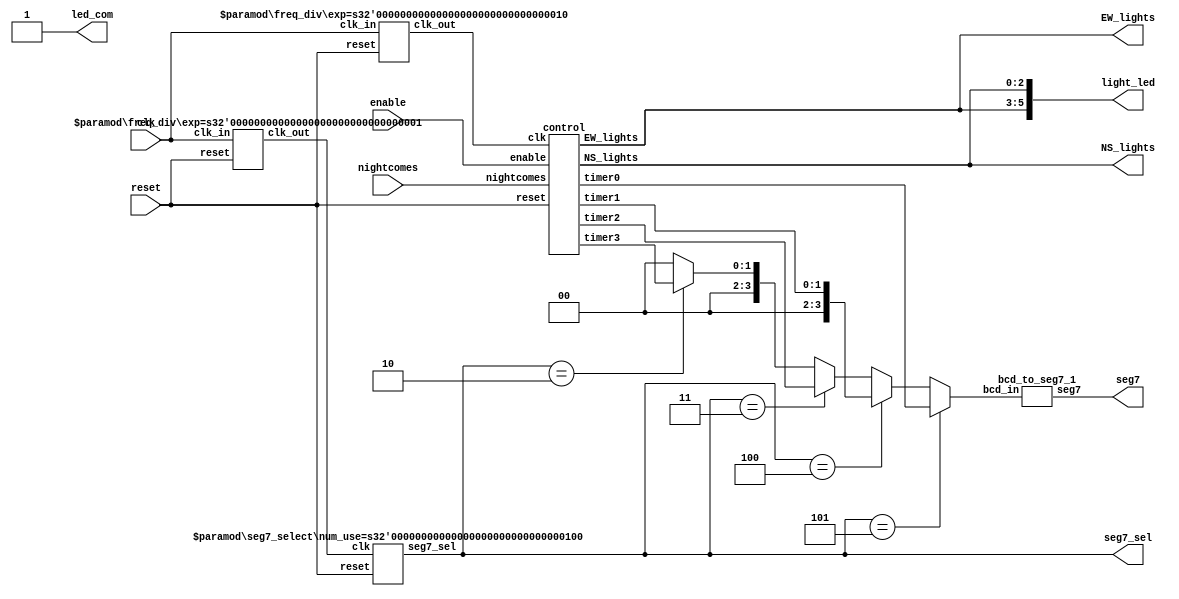
`timescale 1 ns/1 ns
module	lab7_1self4(clk, reset, enable, nightcomes, light_led, led_com,
					seg7, seg7_sel,NS_lights, EW_lights);

input	clk, reset, enable, nightcomes;
output	[5:0]light_led;
output	led_com;
output	[6:0]seg7;
output	[2:0]seg7_sel,NS_lights, EW_lights;

wire	[3:0]segg;
wire	[3:0]timer0,timer2;
wire	[1:0]timer1,timer3;
wire	clk_cnt_dn,clk_sel;

assign	light_led={EW_lights,NS_lights};
assign	led_com= 1'b1;
assign	segg=	(seg7_sel == 3'b101 )? timer0 :
				(seg7_sel == 3'b100 )? timer1 :
				(seg7_sel == 3'b011 )? timer2 :
				(seg7_sel == 3'b010 )? timer3 :4'b0;


				
//freq_div	#(23)u1(.clk_in(clk), .reset(reset), .clk_out(clk_cnt_dn));
//freq_div	#(15)u2(.clk_in(clk),.reset(reset),.clk_out(clk_sel));
freq_div	#(2)u1(.clk_in(clk), .reset(reset), .clk_out(clk_cnt_dn));
freq_div	#(1)u2(.clk_in(clk),.reset(reset),.clk_out(clk_sel));
control 		u3(.clk(clk_cnt_dn), .reset(reset), .enable(enable), .nightcomes(nightcomes),
					.timer3(timer3), .timer2(timer2), .timer1(timer1), .timer0(timer0),
					.NS_lights(NS_lights), .EW_lights(EW_lights));
seg7_select	#(4) u4(.clk(clk_sel),.reset(reset),.seg7_sel(seg7_sel));
bcd_to_seg7_1 	u5(.bcd_in(segg),.seg7(seg7));
endmodule
//-----------------------------------------------------
`timescale 1 ns/1 ns
module 	control(clk, reset, enable, nightcomes, timer3, timer2,	timer1, timer0, 
				NS_lights, EW_lights);
input	clk, reset, enable, nightcomes;
//output	[4:0]cnt_d0;
output	[2:0]NS_lights, EW_lights;
//wire	[4:0]cnt_d0;

parameter 	GREEN_LIGHT = 2'b00,
			YELLOW_LIGHT= 2'b01,
			RED_LIGHT   = 2'b10,
			NIGHT		= 2'b11;

// timer starts to count from 0 and
// timer_clr also holds one cycle
parameter 	GREEN_COUNT = 6'h22,//5'd20+2,31-22=9
			YELLOW_COUNT= 6'h05,//5'd03+2,
			RED_COUNT  	= 6'h25,//5'd23+2,
			NIGHT_COUNT	= 6'h06;//5'd04+2;

reg		[2:0]NS_lights, EW_lights, next_NS_lights, next_EW_lights;
reg		[1:0]traffic_state, next_state;
reg		timer_clr, EW_side, next_timer_clr, next_EW_side;
reg		timer_clr2,next_timer_clr2;
//reg		[4:0]timer;
output	[3:0]timer0,timer2;
output	[1:0]timer1,timer3;
wire	[3:0]timer0,timer2;
wire	[1:0]timer1,timer3;

reg		[3:0]timer0reg,timer2reg;
reg		[1:0]timer1reg,timer3reg;

//reg		[4:0]a;
assign 	timer0 = timer0reg;
assign	timer1 = timer1reg;
assign 	timer2 = timer2reg;
assign	timer3 = timer3reg;


always @(posedge clk or posedge reset)
begin
  if (reset) begin
	traffic_state <= #1 GREEN_LIGHT;
    timer_clr     <= #1 1'b1;
	timer_clr2    <= #1 1'b1;
    EW_side       <= #1 1'b1;
    EW_lights     <= #1 3'b100;
    NS_lights     <= #1 3'b001;
	end
  else
	if (enable==1'b1) begin
	  traffic_state <= #1 next_state;
	  timer_clr     <= #1 next_timer_clr;
	  timer_clr2    <= #1 next_timer_clr2;
	  EW_side       <= #1 next_EW_side;
	  EW_lights     <= #1 next_EW_lights;
	  NS_lights     <= #1 next_NS_lights;
	end
end

always @(traffic_state or timer_clr or EW_side or timer_clr2  
			or EW_lights or NS_lights or timer1reg or timer0reg or nightcomes
			or timer3reg or timer2reg)
begin
    next_state     = traffic_state;
    next_timer_clr = timer_clr;
	next_timer_clr2= timer_clr2;
    next_EW_side   = EW_side;
    next_EW_lights = EW_lights;
    next_NS_lights = NS_lights;
    case (traffic_state)
      GREEN_LIGHT : begin
				next_timer_clr = 1'b0;
				
				if (EW_side==1'b1) begin
					next_EW_lights = 3'b100; //{g,y,r}
					next_NS_lights = 3'b001; //{g,y,r}
					end
				else begin
					next_EW_lights = 3'b001; //{g,y,r}
					next_NS_lights = 3'b100; //{g,y,r}
					end
				if ({timer1reg,timer0reg}==6'h10) begin
					//next_timer_clr = 1'b1;
					next_state     = YELLOW_LIGHT;
					end
				if (nightcomes==1'b1) begin
					next_timer_clr = 1'b1;
					next_state     = NIGHT;
					end				
		    end

      YELLOW_LIGHT : begin
				
				//next_timer_clr = 1'b0;
				
				if (EW_side==1'b1) begin
					next_EW_lights = 3'b010; //{g,y,r}
					next_NS_lights = 3'b001; //{g,y,r}
					end
				else begin
					next_EW_lights = 3'b001; //{g,y,r}
					next_NS_lights = 3'b010; //{g,y,r}
					end
				if ({timer1reg,timer0reg}==6'h04) begin
					//next_timer_clr = 1'b1;
					next_state     = RED_LIGHT;
					end
				if (nightcomes==1'b1) begin
					next_timer_clr2 = 1'b1;
					next_state     = NIGHT;
					end	
		    end

      RED_LIGHT : begin
				//next_timer_clr = 1'b0;
				
				if(EW_side==1'b1) begin
					next_EW_lights = 3'b001; //{g,y,r}
					next_NS_lights = 3'b001; //{g,y,r}
				end
				else begin
					next_EW_lights = 3'b001; //{g,y,r}
					next_NS_lights = 3'b001; //{g,y,r}
				end
				if({timer1reg,timer0reg}==6'h01) begin
					next_timer_clr = 1'b1;
					next_state     = GREEN_LIGHT;
					next_EW_side   = ~EW_side;
				end
				if (nightcomes==1'b1) begin
					next_timer_clr = 1'b1;
					next_state     = NIGHT;
				end
					
		    end
	  NIGHT:  begin
				next_timer_clr2 = 1'b0;
				next_EW_lights = 3'b010; //{g,y,r}
				next_NS_lights = 3'b010; //{g,y,r}
				if({timer3reg,timer2reg}==6'h01) begin
					next_timer_clr2	= 1'b1;
					if(nightcomes==1'b0)
					next_state		= GREEN_LIGHT;
					else
					next_state		=NIGHT;
				end
			end
      default	: begin
		    next_state     = GREEN_LIGHT;
			next_timer_clr = 1'b0;
		    next_EW_side   = 1'b1;
		    next_EW_lights = 3'b100; //{g,y,r}
		    next_NS_lights = 3'b001; //{g,y,r}
		  end
    endcase
end

always @(posedge clk or posedge reset)
begin
	if(reset) 
		begin
		timer1reg<=2'd3;
		timer0reg<=4'd1;
		end
	else 	
		if(enable == 1'b1)
			if (timer_clr==1'b1)begin
				timer1reg<=2'd2;
				timer0reg<=4'd0;
				end
			else
				if({timer1reg,timer0reg}>6'd0)
					if(timer0reg>4'd0)
							timer0reg<=timer0reg-4'd1;				
					else begin
						timer0reg<=4'd9;
						timer1reg<=timer1reg-2'd1;
						end
				else begin
					timer1reg<=2'd2;
					timer0reg<=4'd0;
					end
end

always @(posedge clk or posedge reset)
begin
	if(reset) 
		begin
		timer3reg<=2'd3;
		timer2reg<=4'd1;
		end
	else 	
		if(enable == 1'b1)
			if (timer_clr2==1'b1)begin
				timer3reg<=2'd0;
				timer2reg<=4'd6;
				end
			else
				if({timer3reg,timer2reg}>6'd0)
					if(timer2reg>4'd0)
							timer2reg<=timer2reg-4'd1;				
					else begin
						timer2reg<=4'd9;
						timer3reg<=timer3reg-2'd1;
						end
				else begin
					timer3reg<=2'd0;
					timer2reg<=4'd6;
					end
end
endmodule
//-------------------------------------------------
module 		freq_div(clk_in,reset,clk_out);

parameter	exp = 20;   
input		clk_in, reset;
output		clk_out;
reg			[exp-1:0] divider;
integer 	i;

assign 	clk_out= divider[exp-1];

always@ (posedge clk_in or posedge reset)
begin
	if(reset)
		for(i=0; i < exp; i=i+1)
		divider[i] = 1'b0;
	else
		divider = divider+ 1'b1;
end
endmodule
//-------------------------------------------------
module bcd_to_seg7_1(bcd_in,seg7);

input	[3:0]bcd_in;
output	[6:0]seg7;
reg		[6:0]seg7;

always@ (bcd_in)
	case(bcd_in) // abcdefg
			4'b0000: seg7 = 7'b1111110; // 0
			4'b0001: seg7 = 7'b0110000; // 1
			4'b0010: seg7 = 7'b1101101;
			4'b0011: seg7 = 7'b1111001;
			4'b0100: seg7 = 7'b0110011;
			4'b0101: seg7 = 7'b1011011;
			4'b0110: seg7 = 7'b1011111;
			4'b0111: seg7 = 7'b1110000;
			4'b1000: seg7 = 7'b1111111;
			4'b1001: seg7 = 7'b1111011;
			default: seg7 = 7'b0000001; 
	endcase
endmodule
//--------------------------------------------
module 		seg7_select(clk,reset,seg7_sel);

parameter	num_use= 6;
input		clk,reset;
output		[2:0]seg7_sel;
reg			[2:0]seg7_sel;

always@ (posedge clk or posedge reset) 
begin
	if(reset == 1)
		seg7_sel = 3'b101; // the rightmost one
	else
		if(seg7_sel == 6 -num_use)
			seg7_sel = 3'b101;
		else
			seg7_sel = seg7_sel-3'b001; // shift left
	end
endmodule